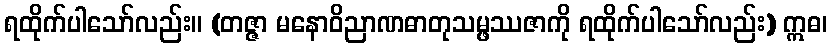
ရထိုက်ပါသော်လည်း။ (တဇ္ဇာ မနောဝိညာဏဓာတုသမ္ဖဿဇာကို ရထိုက်ပါသော်လည်း) ဣဓ၊